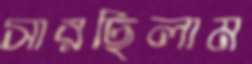
সারছিলাম